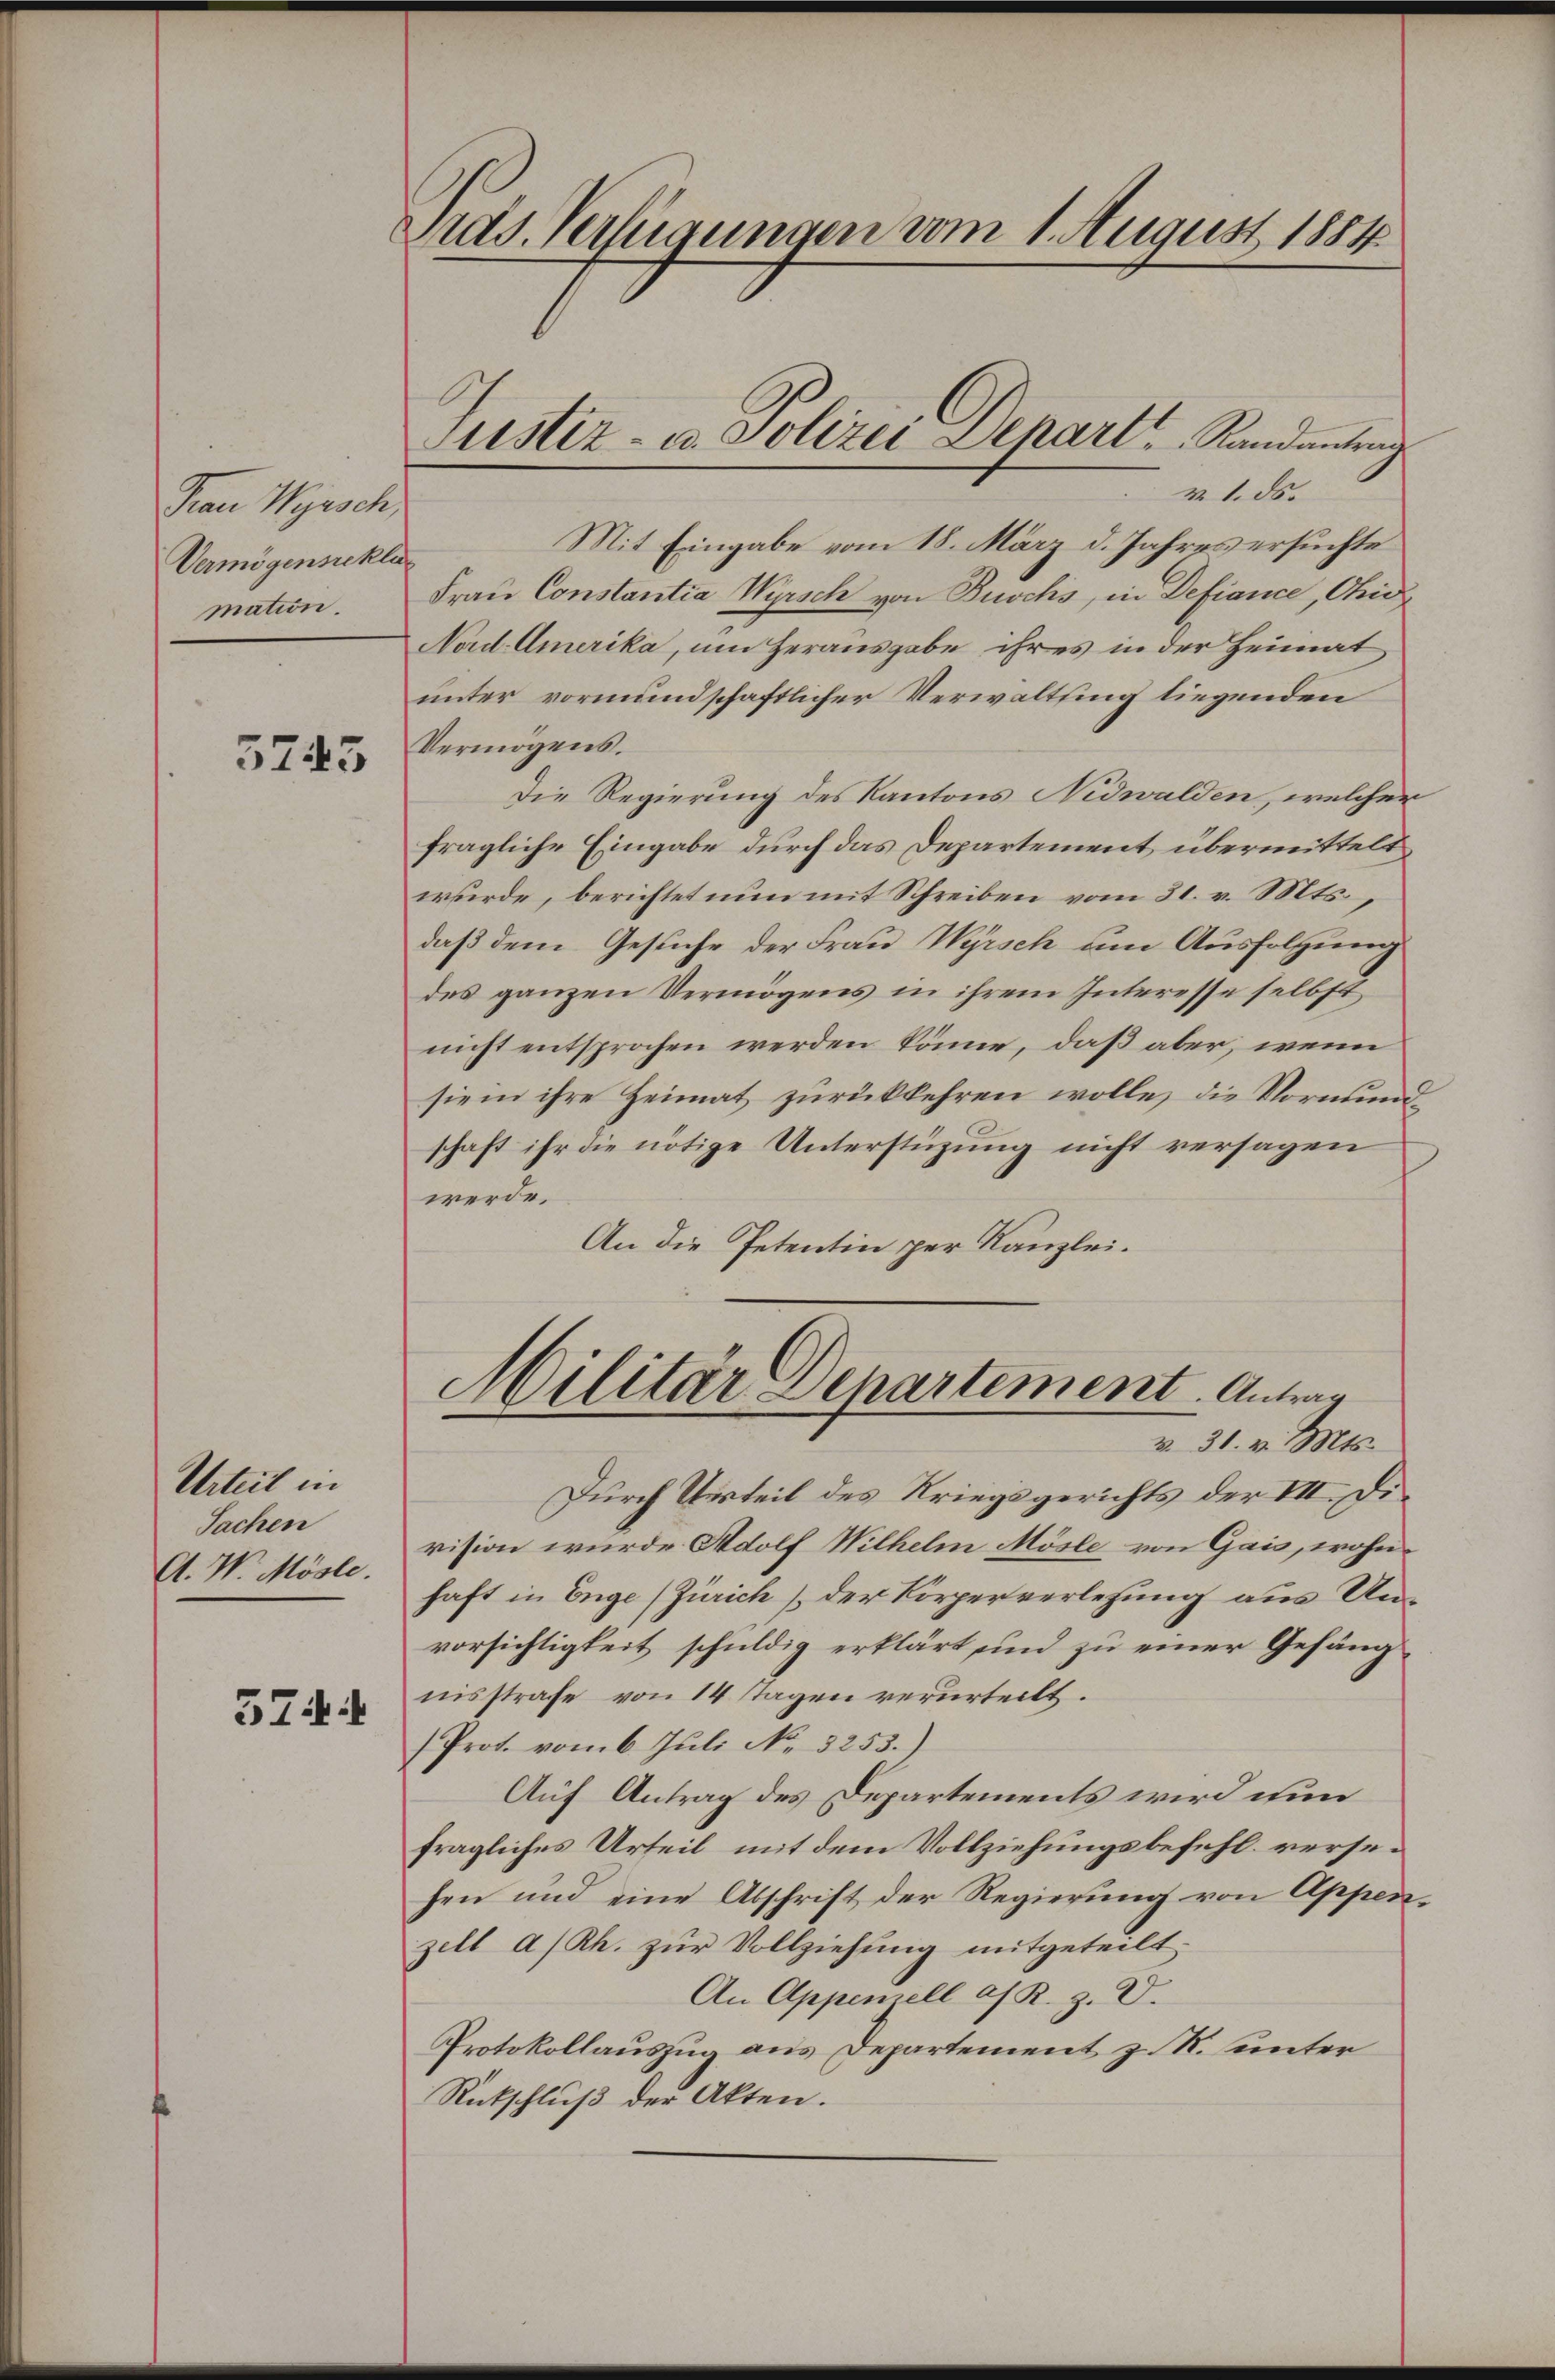
Frau Wyrsch,
Vermögensicklun
mation.

5745

Urteil in
Sachen
A. W. Mösle.

57

Eids Verfügungen vom 1. August 1884

Mit Eingabe vom 18. März d. Jahres ersuchte
Frau Constantia Wyrsch von Buschs, in Defiance, Chid
Nad-Amerika, um Herausgabe ihres in der Heimat
unter vormundschaftlicher Verwaltsing liegenden
Vermögens.
Die Regierung des Kantons Nidwalden, welcher
fragliche Eingabe durch das Departement übermittelt
wurde, berichtet nun mit Schreiben vom 31. v. Mts.,
daß dem Gesuche der Frau Wyrsch um Ausfolgung
des ganzen Vermögens in ihrem Interesse selbst,
nicht entsprochen werden könne, daß aber, wenn
sie in ihre Heimat zurückkehren wolle, die Vormundschaft ihr die nötige Unterstüzung nicht versagen
werde.
An die Petentin per Kanzlei.
Militär Departement. Antrag
v. 31. v. Mts.
Durch Uerteil des Kriegsgerichts der VII. Division wurde Adolf Wilhelm Mösle von Gais, wohnhaft in Enge (Zürich, der Körperverlesung aus Unvorsichtigkeit schuldig erklärt und zu einer Gefängnisstrafe von 14 Tagen verurteilt.
(Prot. vom 6. Juli No. 3253.)
Auf Antrag des Departements wird nun
fragliches Urteil mit dem Vollziehungsbefehl versehen und eine Abschrift der Regierung von Appen-
zell a/Rh. zŭr Vollziehung mitgeteilt.
An Appenzell a/ R. Z. V.
Protokollauszug aus Departement z. R. unter
Rückschluß der Akten.

Justiz- u. Polizei Depart Randantrag
v. 1. ds.